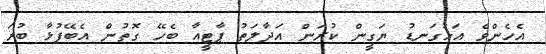
އެހެންވެ އަޅުގަނޑު ޔަގީން ކުރަން އަދާލަތު ޕާޓީއާ ބެހޭ ގޮތުން އެބޭފުޅާ ބުރަ